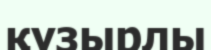
құзырлы